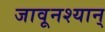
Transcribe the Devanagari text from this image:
जावूनश्यान्